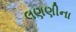
લણણીના